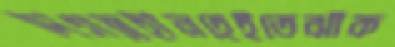
দিগন্তহীনহেইতেঝাঁক